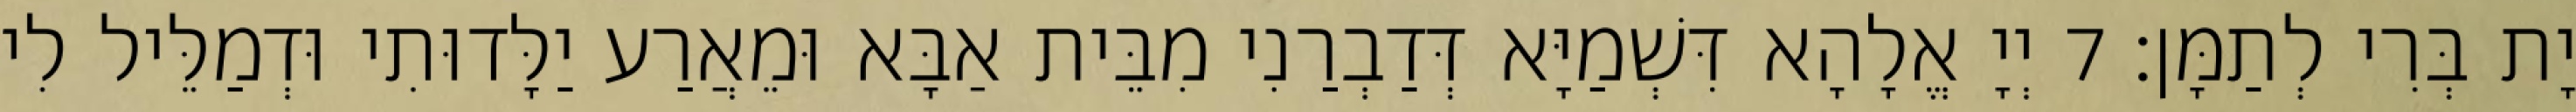
יָת בְּרִי לְתַמָּן׃ 7 יְיָ אֱלָהָא דִּשְׁמַיָּא דְּדַבְרַנִי מִבֵּית אַבָּא וּמֵאֲרַע יַלָּדוּתִי וּדְמַלֵּיל לִי